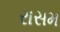
રાસમ